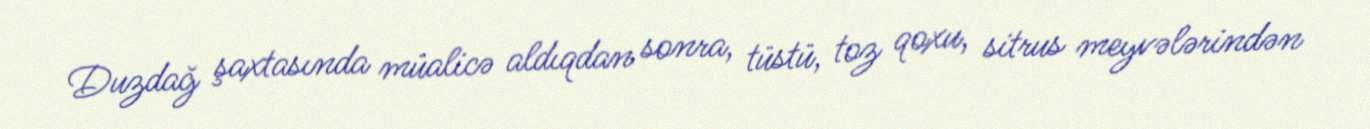
Duzdağ şaxtasında müalicə aldıqdan sonra, tüstü, toz qoxu, sitrus meyvələrindən